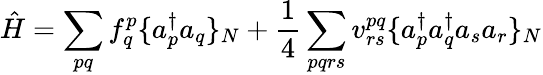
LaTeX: \hat{H}=\sum_{pq}f_{q}^{p}\{ a_{p}^{\dagger}a_{q}\} _{N}+\frac{1}{4}\sum_{pqrs}v_{rs}^{pq}\{ a_{p}^{\dagger}a_{q}^{\dagger}a_{s}a_{r}\} _{N}